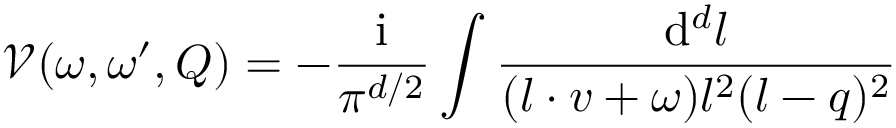
\mathcal { V } ( \omega , \omega ^ { \prime } , Q ) = - \frac { \mathrm { i } } { \pi ^ { d / 2 } } \int \frac { \mathrm { d } ^ { d } l } { ( l \cdot v + \omega ) l ^ { 2 } ( l - q ) ^ { 2 } }